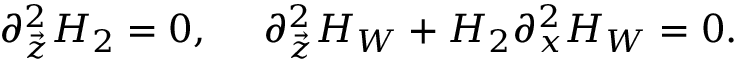
\partial _ { \vec { z } } ^ { 2 } H _ { 2 } = 0 , \ \ \ \ \partial _ { \vec { z } } ^ { 2 } H _ { W } + H _ { 2 } \partial _ { x } ^ { 2 } H _ { W } = 0 .